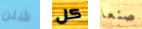
شلن كل صنعا